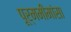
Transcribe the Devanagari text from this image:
पूर्ममीमांसा